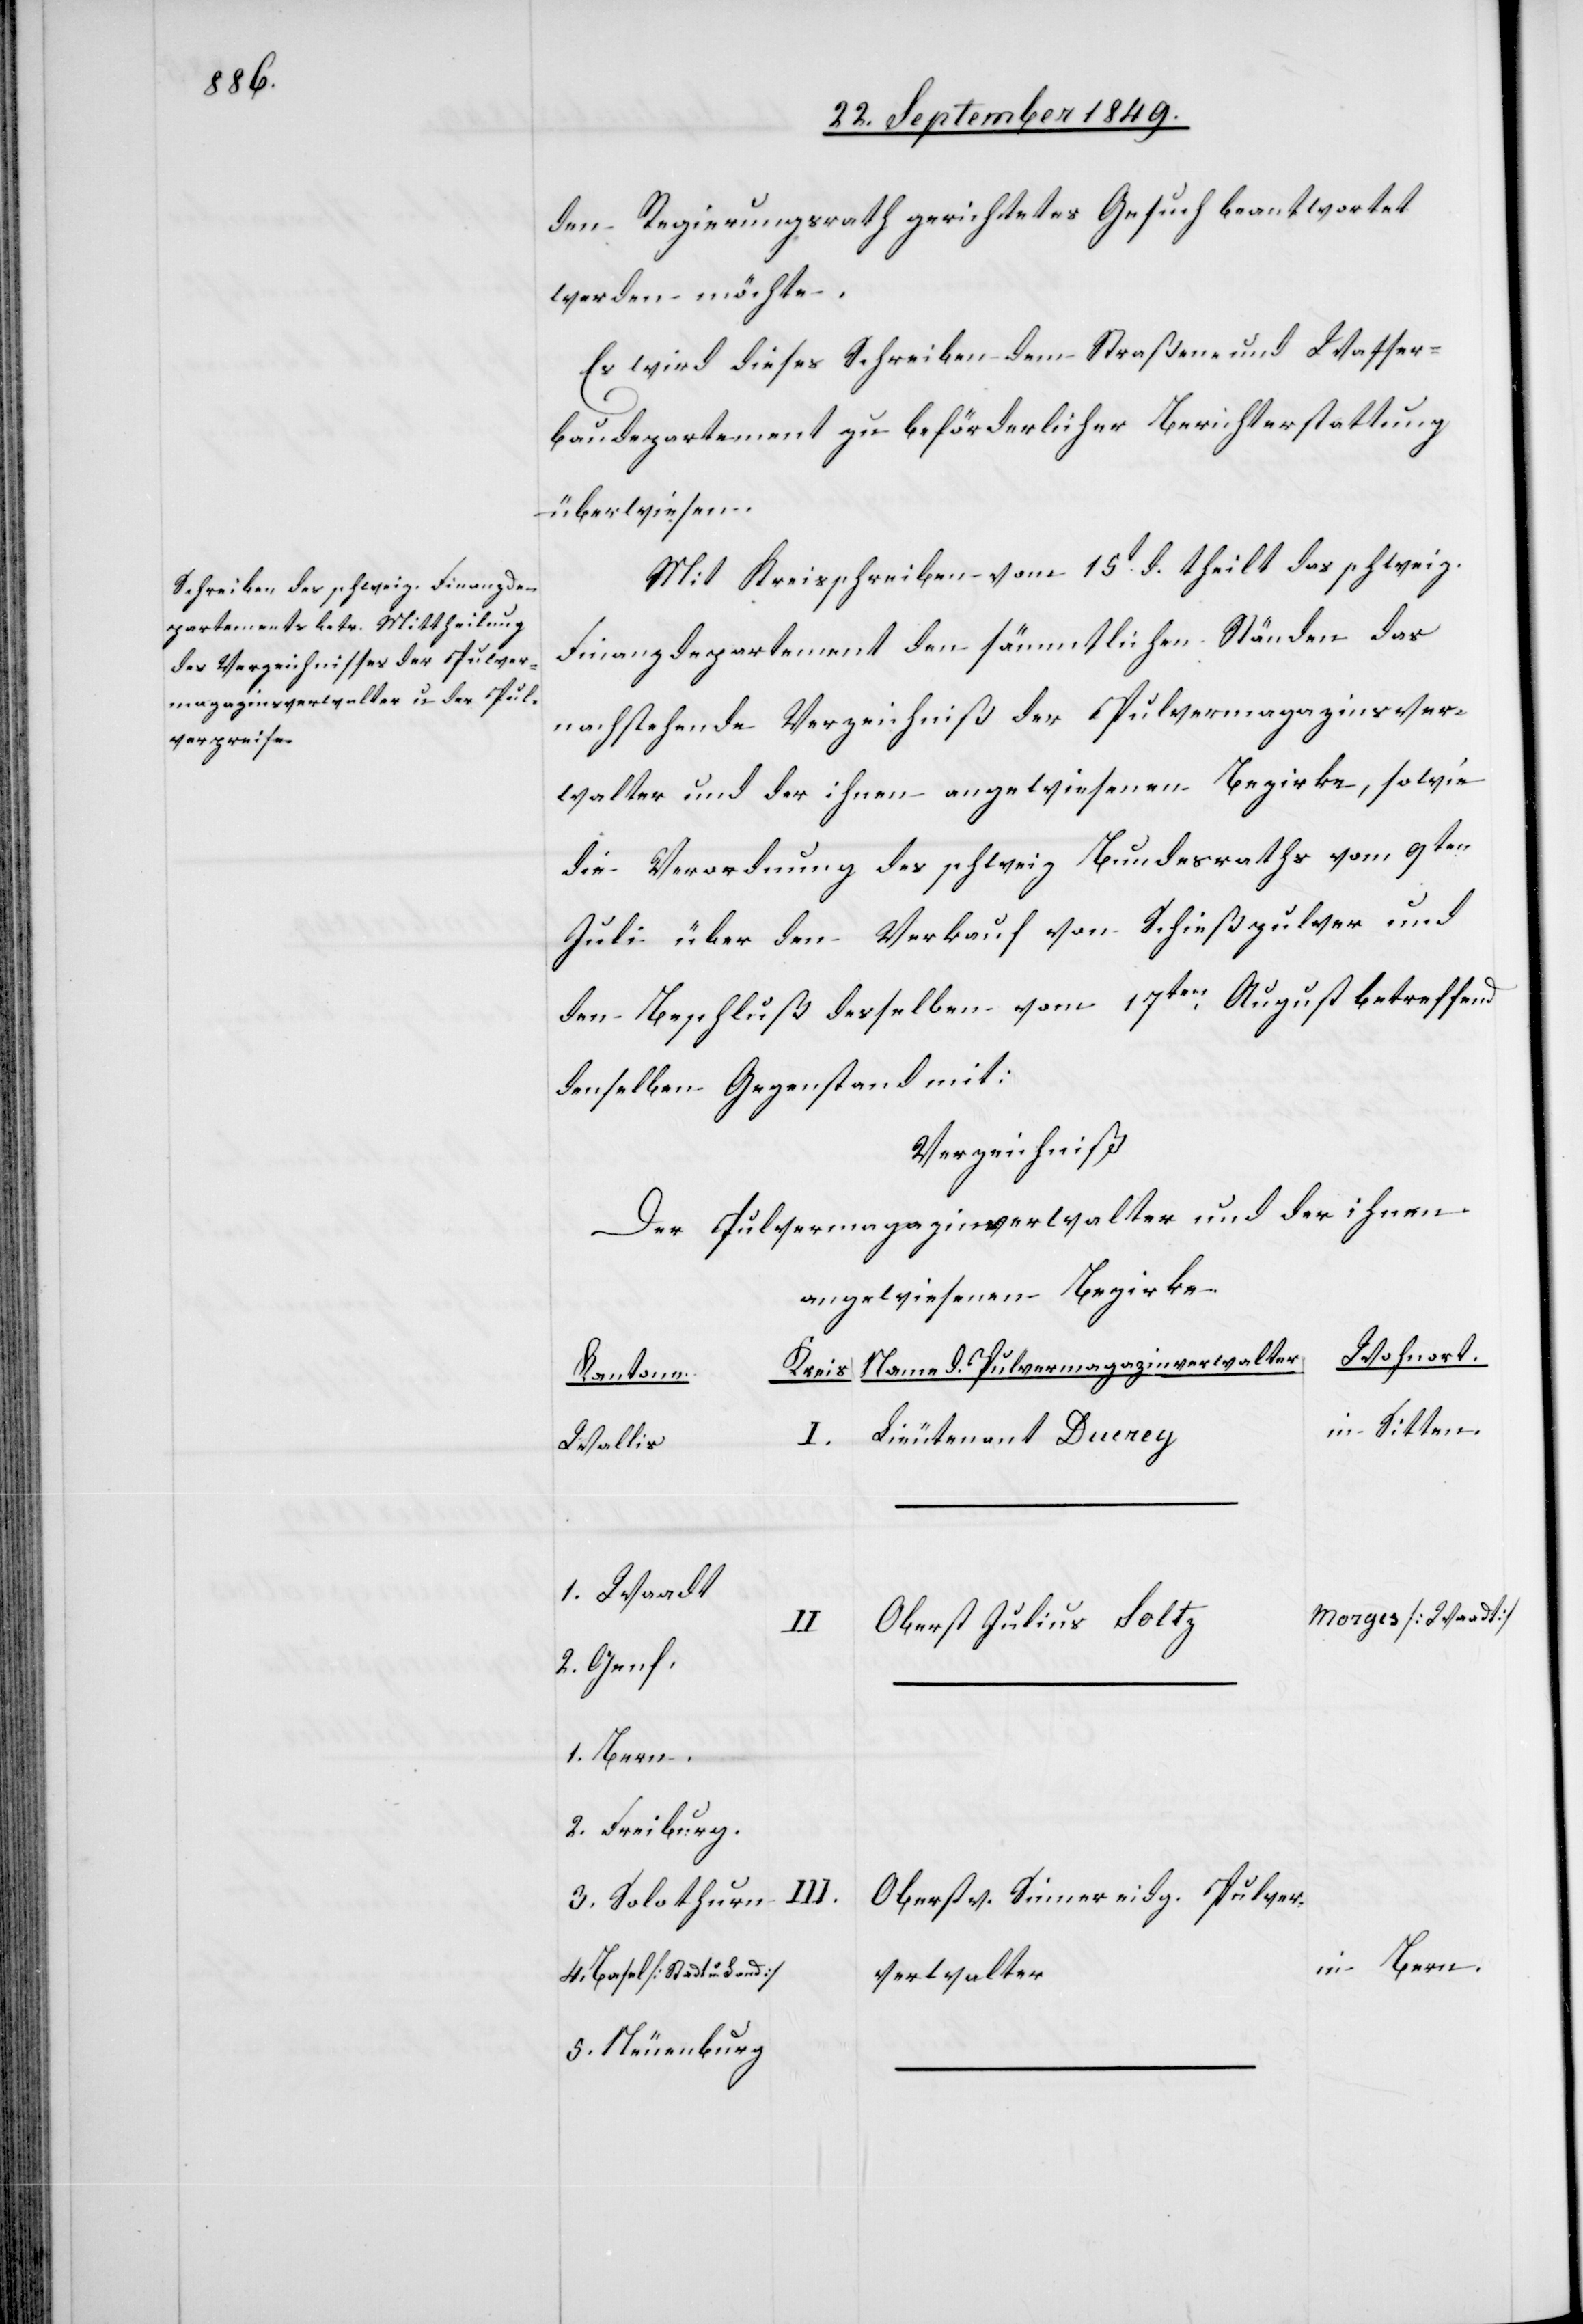
den Regierungsrath gerichtetes Gesuch beantwortet
werden möchte.
Es wird dieses Schreiben dem Straßen und Wasser¬
baudepartement zu beförderlicher Berichterstattung
überwiesen.
Mit Kreisschreiben vom 15t d. theilt das schweiz.
Finanzdepartement den sämmtlichen Ständen das
nachstehende Verzeichniß der Pulvermagazinsver¬
walter und der ihnen angewiesenen Bezirke, sowie
die Verordnung des schweiz[.] Bundesrathes vom 9ten
Juli über den Verkauf von Schießpulver und
den Beschluß desselben vom 17ten August betreffend
denselben Gegenstand mit:
Verzeichniß
Der Pulvermagazinverwalter und der ihnen
angewiesenen Bezirke.
Wohnort.
Namen d. Pulvermagazinverwalter
Kantone
in Sitten
Lieutenant Ducrey
Wallis
1. Waadt
Morges [Waadt]
Oberst Julius Soltz
I.
2. Genf
1. Bern
2. Freiburg
Oberst v. Sinner eidg. Pulver¬
3. Solothurn
in Bern.
4. Basel [Stadt u. Land]
verwalter
5. Neuenburg